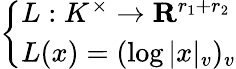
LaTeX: \left\{ \begin{array}{ll}{L:K^{\times}\to\mathbf{R}^{r_{1}+r_{2}}}\\ {L(x)=(\log|x|_{v})_{v}}\end{array}\right.